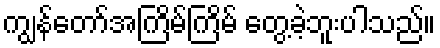
ကျွန်တော်အကြိမ်ကြိမ် တွေ့ခဲ့ဘူးပါသည်။